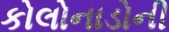
કોલોનાડોની